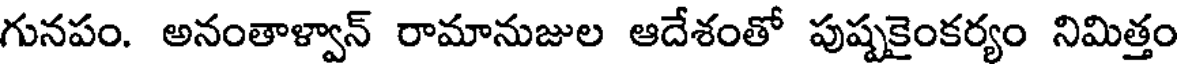
గునపం. అనంతాళ్వాన్ రామానుజుల ఆదేశంతో పుష్పకైంకర్యం నిమిత్తం